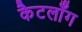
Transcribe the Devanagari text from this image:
कैटलाँग